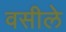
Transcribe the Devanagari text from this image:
वसीले